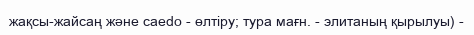
жақсы-жайсаң және caedo - өлтіру; тура мағн. - элитаның қырылуы) -